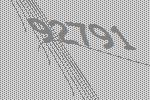
92791